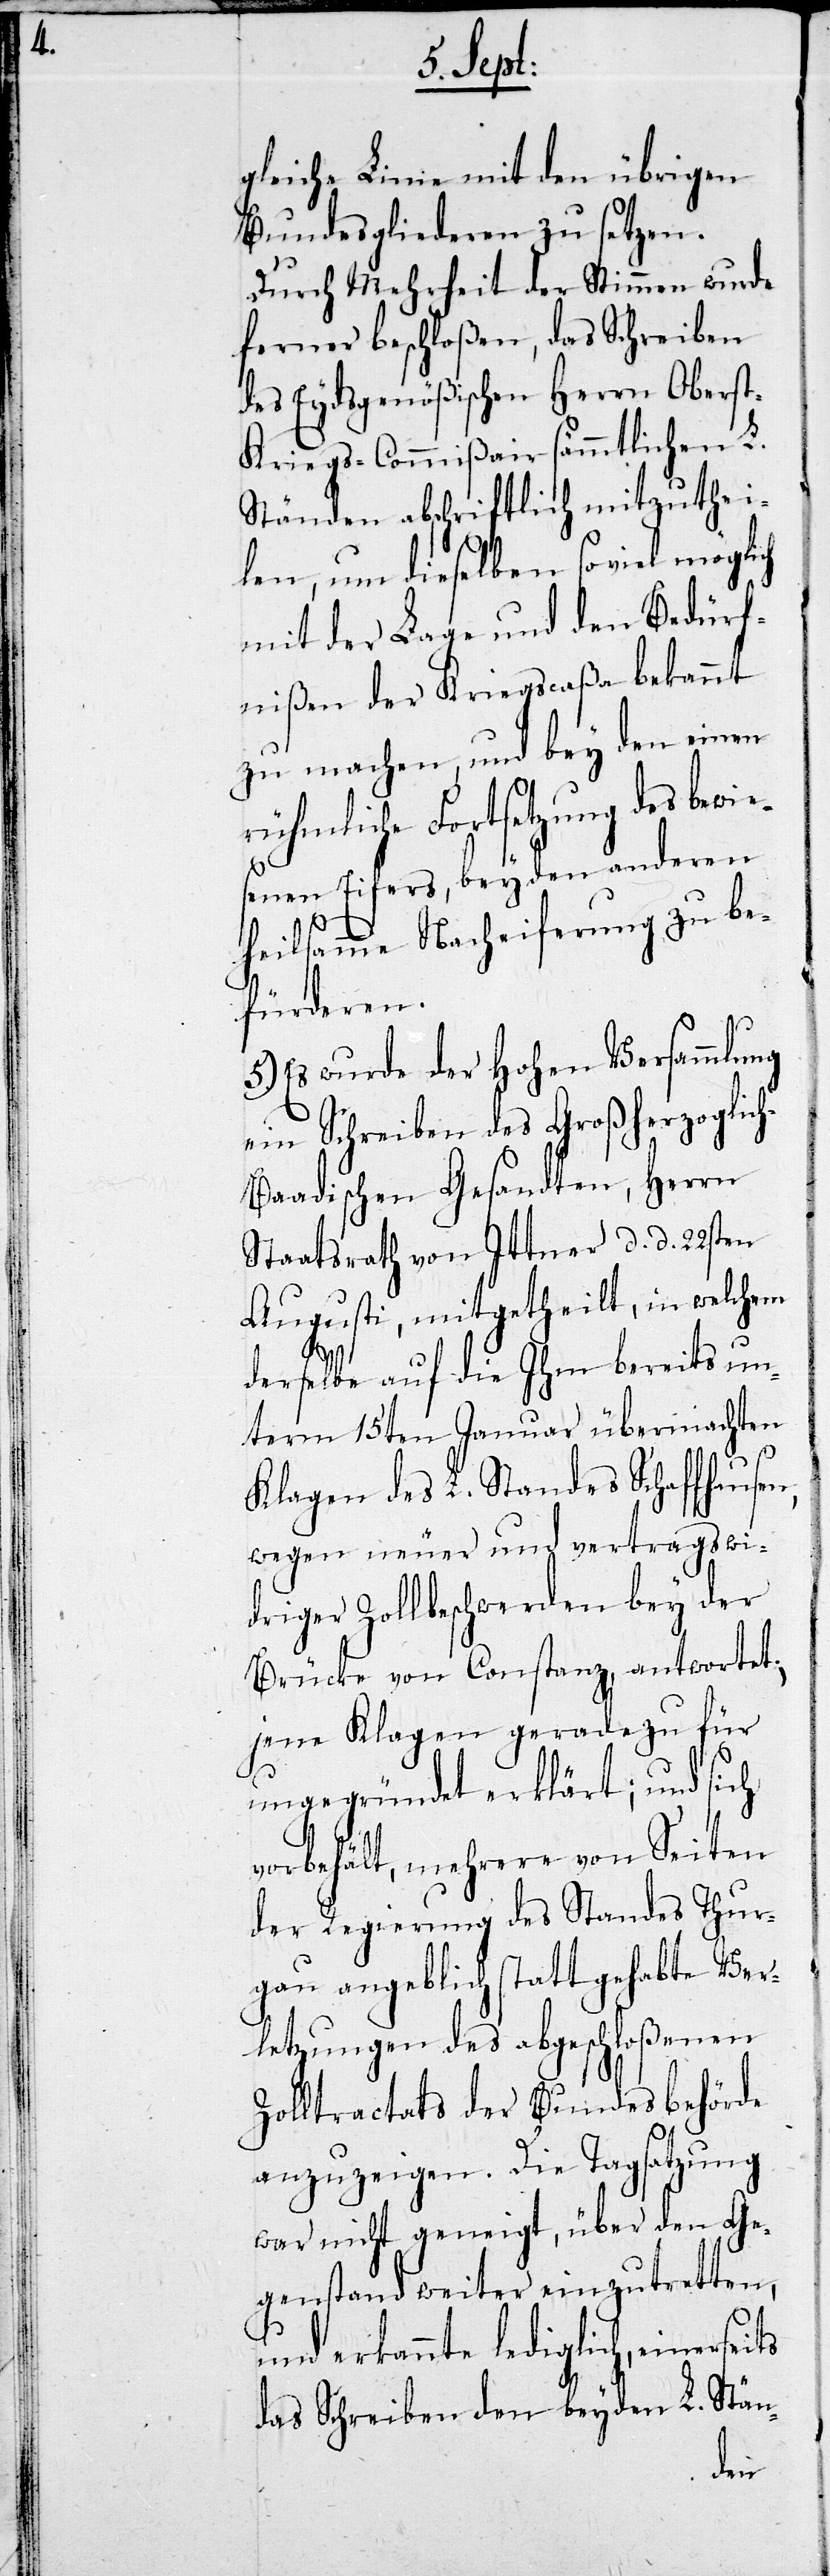
seits
gleiche Linie mit den übrigen
Bundesgliederen zu setzen.
Durch Mehrheit der Stimmen wurde
ferner beschloßen, das Schreiben
des Eydsgenößischen Herrn Obers¬
t-Kriegs-Commißair sämmtlichen L.
Ständen abschriftlich mitzuthei¬
len, um dieselben so viel möglich
mit der Lage und den Bedürf¬
nißen der Kriegscaßa bekannt
zu machen, und bey den einen
rühmliche Fortsetzung des bewie¬
senen Eifers, bey den anderen
heilsamme Nacheiferung zu be¬
fürderen.
5.) Es wurde der Hohen Versammlung
ein Schreiben des Großherzoglic¬
h-Baadischen Gesandten, Herrn
Staatsrath von Ittner d. d. 22sten
Augusti, mitgetheilt, in welchem
derselbe auf die Ihm bereits un¬
term 15ten Januar übermachten
Klagen des L. Standes Schaffhausen,
wegen neuer und vertragswi¬
driger Zollbeschwerden bey der
Brücke von Constanz, antwortet;
jene Klagen geradezu für
ungegründet erklärt; und sich
vorbehält, mehrere von Seiten
der Regierung des Standes Thur¬
gau angeblich statt gehabte Ver¬
letzungen des abgeschloßenen
Zolltractats der Bundesbehörde
anzuzeigen. Die Tagsatzung
war nicht geneigt, über den Ge¬
genstand weiter einzutretten,
und erkannte lediglich, einer¬
das Schreiben den beyden L. Stän-